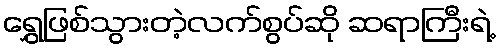
ရွှေဖြစ်သွားတဲ့လက်စွပ်ဆို ဆရာကြီးရဲ့